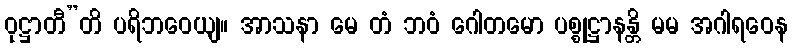
ဝုဋ္ဌာတီ”တိ ပရိဘဝေယျ။ အာသနာ မေ တံ ဘဝံ ဂေါတမော ပစ္စုဋ္ဌာနန္တိ မမ အဂါရဝေန